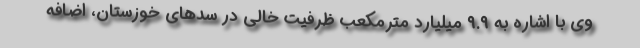
وی با اشاره به ۹.۹ میلیارد مترمکعب ظرفیت خالی در سدهای خوزستان، اضافه